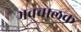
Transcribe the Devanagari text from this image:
भवचालक